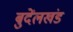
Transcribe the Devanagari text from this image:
बुदेंलखंड